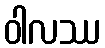
ဝါလဿ